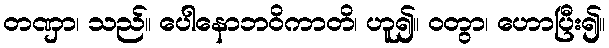
တဏှာ၊ သည်။ ပေါနောဘဝိကာတိ၊ ဟူ၍။ ဝတွာ၊ ဟောပြီး၍။